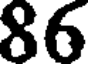
86